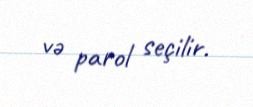
və parol seçilir.